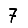
Digit: 7